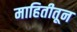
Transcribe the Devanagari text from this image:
माहितीतून